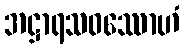
အဋ္ဌာရသဝဿောဟံ